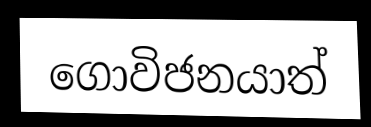
ගොවිජනයාත්